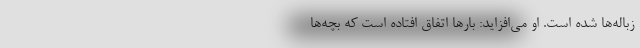
زباله‌ها شده است. او می‌افزاید: بار‌ها اتفاق افتاده است که بچه‌ها